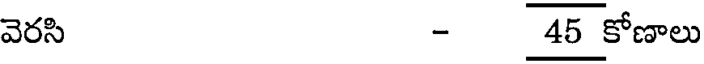
వెరసి - 45 కోణాలు